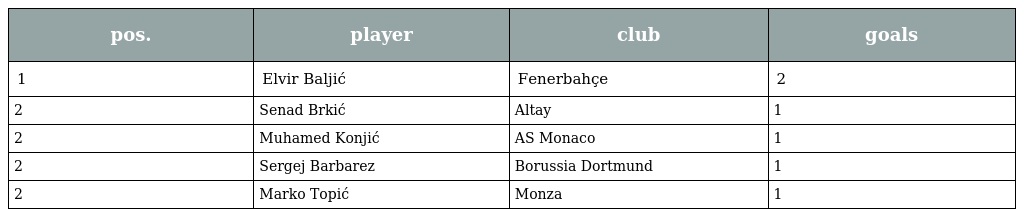
| pos. | player | club | goals |
 | --- | --- | --- | --- |
 | 1 | Elvir Baljić | Fenerbahçe | 2 |
 | 2 | Senad Brkić | Altay | 1 |
 | 2 | Muhamed Konjić | AS Monaco | 1 |
 | 2 | Sergej Barbarez | Borussia Dortmund | 1 |
 | 2 | Marko Topić | Monza | 1 |